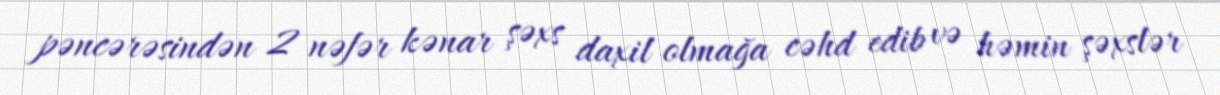
pəncərəsindən 2 nəfər kənar şəxs daxil olmağa cəhd edib və həmin şəxslər